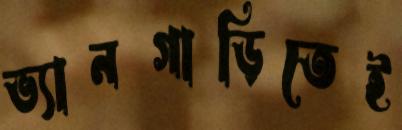
ভ্যানগাড়িতেই